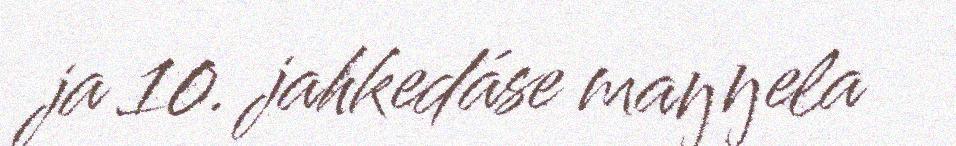
ja 10. jahkedáse maŋŋela